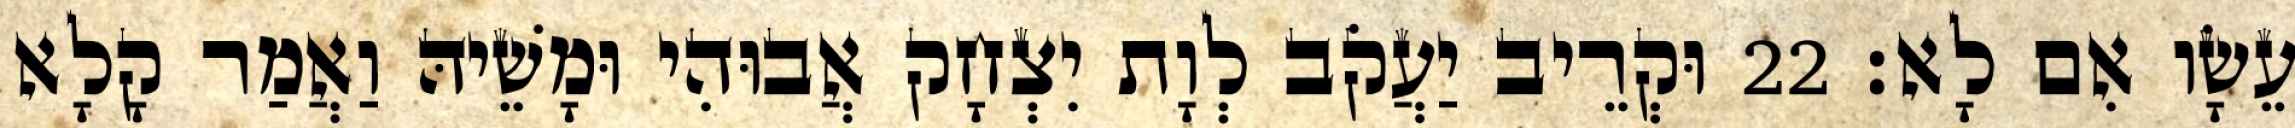
עֵשָׂו אִם לָא׃ 22 וּקְרֵיב יַעֲקֹב לְוָת יִצְחָק אֲבוּהִי וּמָשֵׁיהּ וַאֲמַר קָלָא